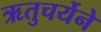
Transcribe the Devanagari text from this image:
ऋतुचर्येने